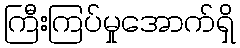
ကြီးကြပ်မှုအောက်ရှိ